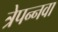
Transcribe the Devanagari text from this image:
त्रेपन्नवा